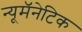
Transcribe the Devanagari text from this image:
न्यूमॅनेटिक